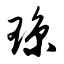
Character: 琼